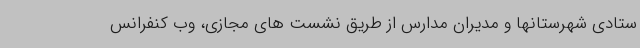
ستادی شهرستانها و مدیران مدارس از طریق نشست های مجازی، وب کنفرانس